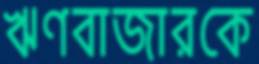
ঋণবাজারকে